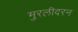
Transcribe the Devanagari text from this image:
मुरलीदरन